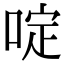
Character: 啶